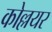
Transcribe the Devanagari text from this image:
कोल्लयर